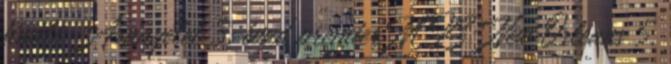
finálé Aranyélet 3. évad premier NCIS: New Orleans 5.